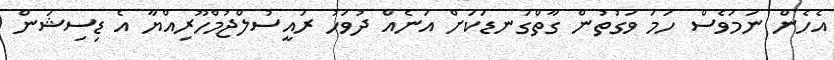
އެހެން ނަމަވެސް ހަމަ ވަގުތުން ގާތްގަނޑަކަށް އަނެއް ދުވަހު ރައީސުލްޖުމްހޫރިއްޔާ އެ ޑިސިޝަން